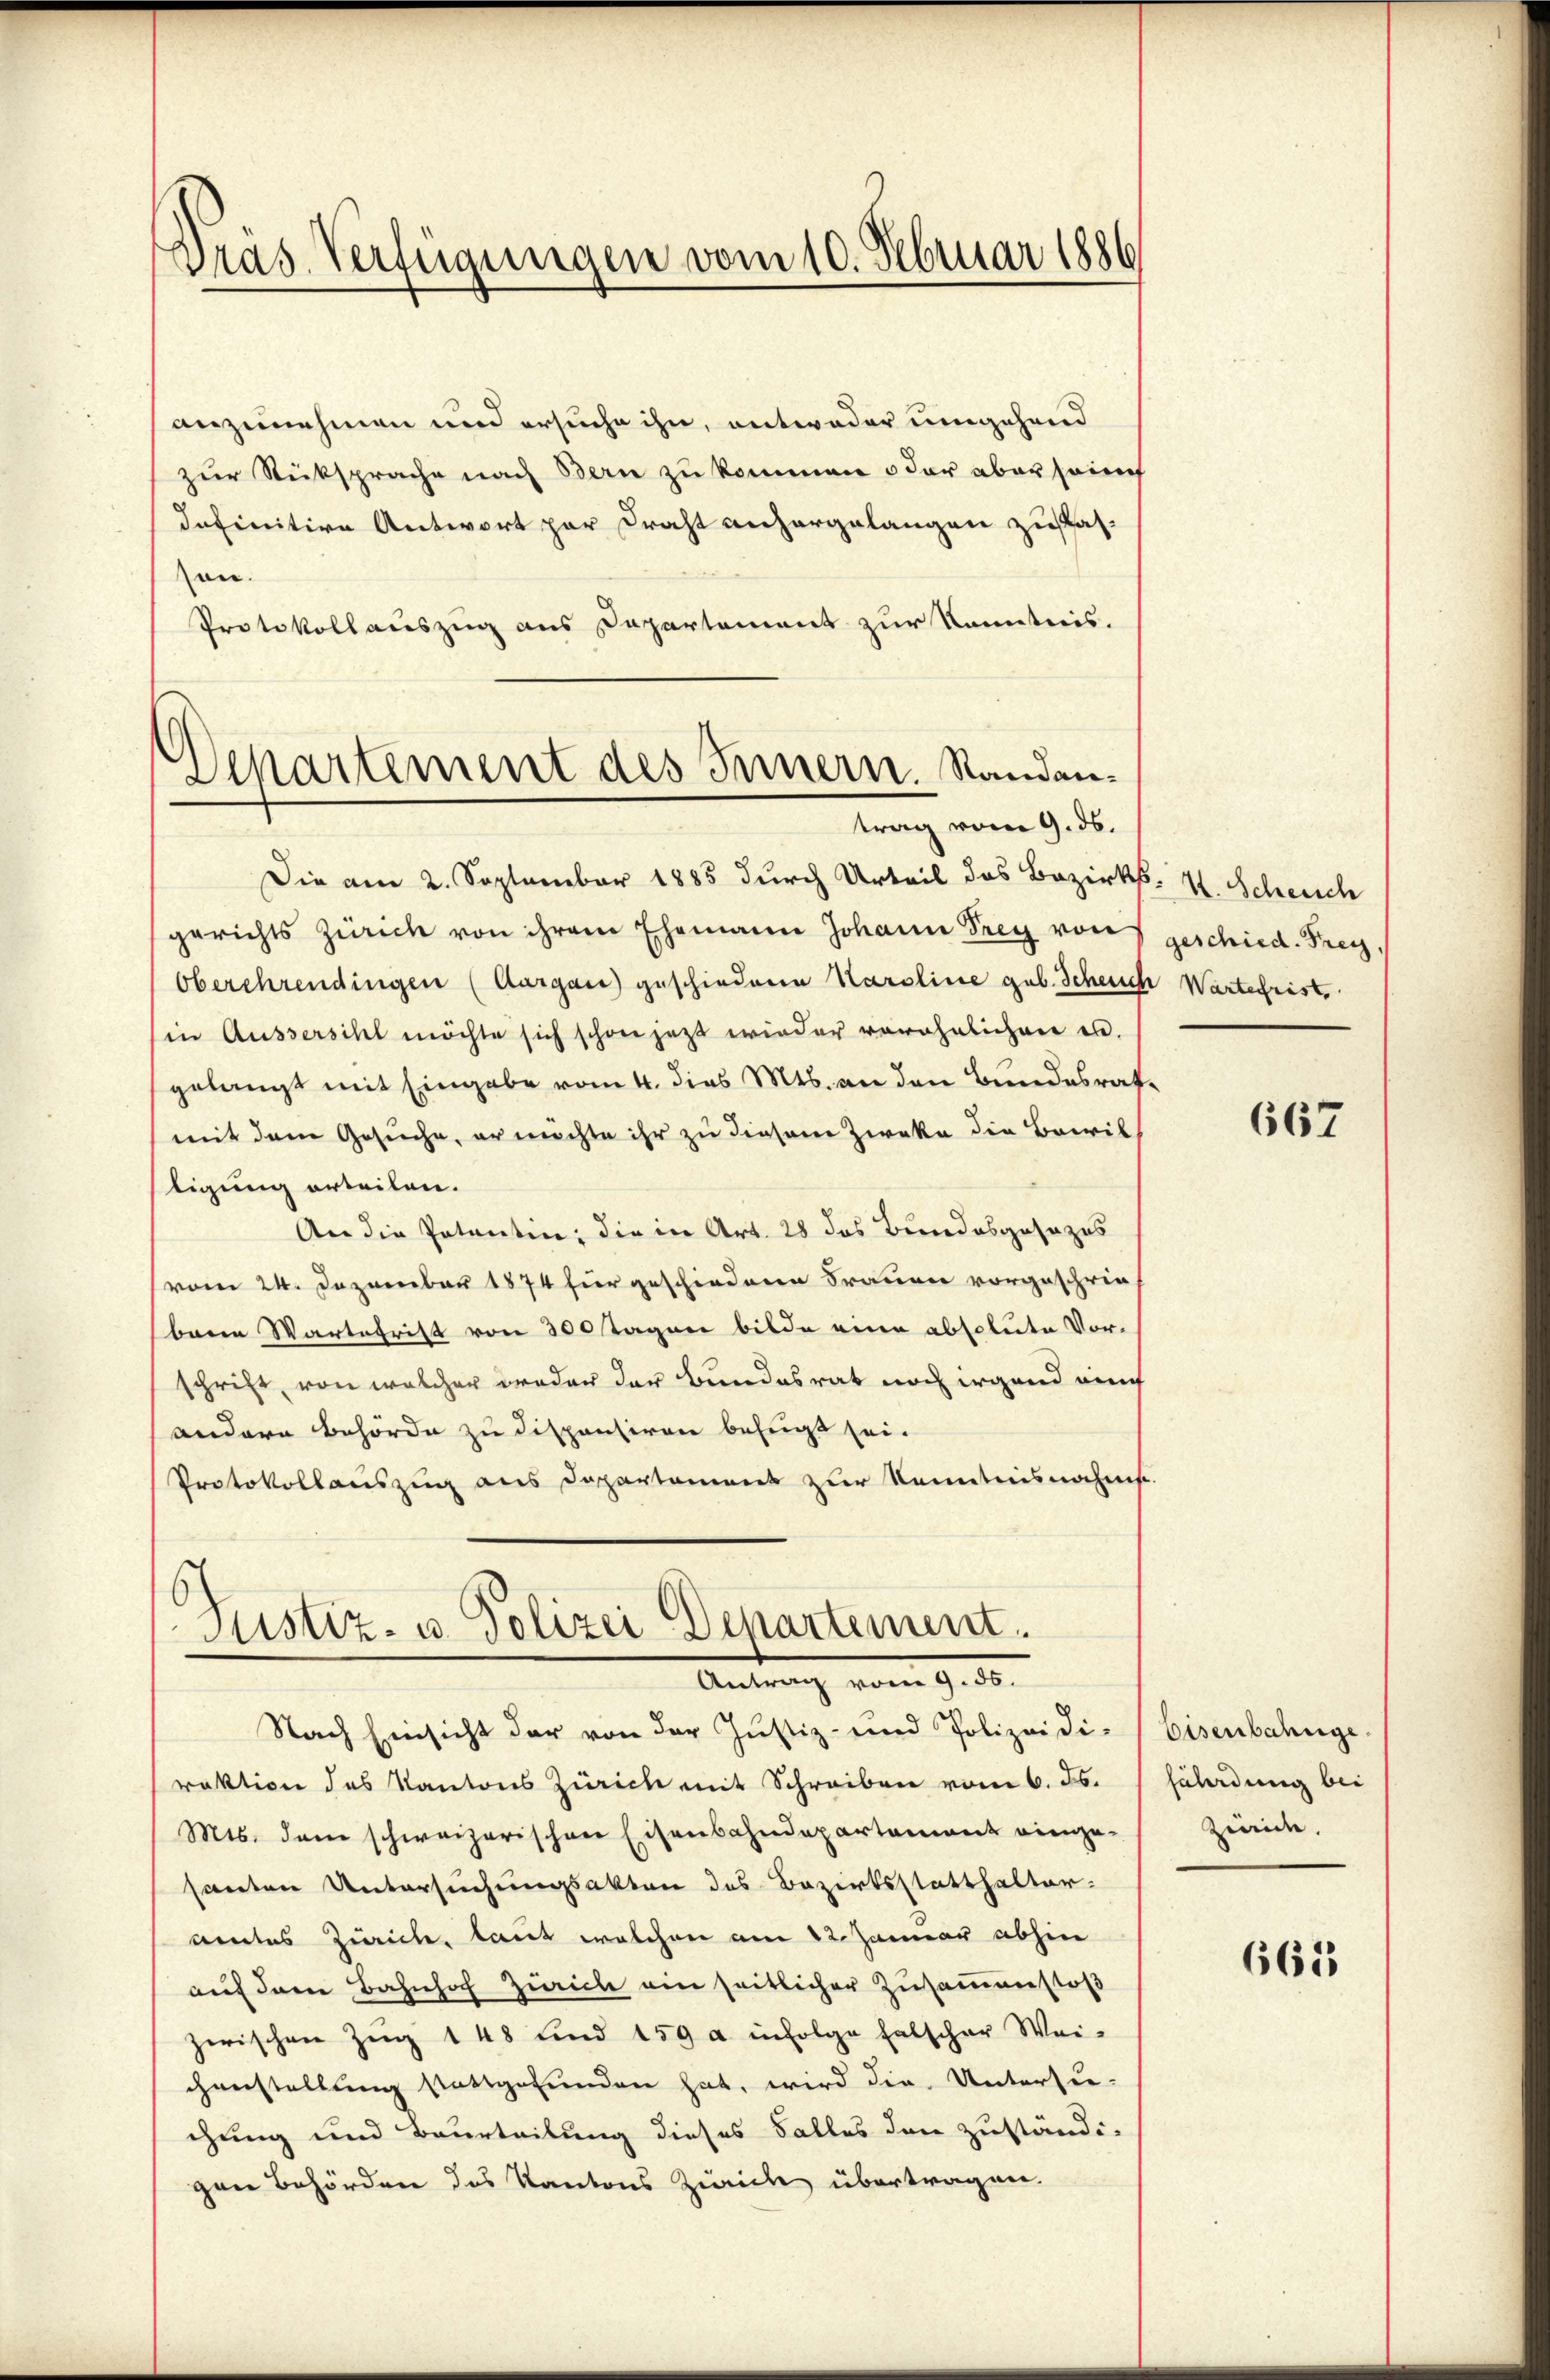
Gras Verfügungen vom 10. Februar 1886

Dchartement des Innern. Standentrag vom 9. ds.

anzunehmen und ersuche ihn, entweder umgehend
zur Rücksprache nach Bern zu kommen oder aber sof
definitive Antwort par Draht anhergelangen zusaszen.
Protokollauszug aus Departement zur Kenntnis.
Die am 2. September 1885 durch Urteil des Bezirks- V. Scheuch
gerichts Zürich von ihrem Ehemann Johann Frey von
Oberehrendingen (Aargau) geschiedene Karoline geb. Scheuch Wartefrist
in Ausserscht möchte sich schon jezt wieder verähnlichen en
gelangt mit Eingabe vom 4. dies Mts. an den Bundesrat
mit dem Gesuche, er möchte ihr zu diesem Zwecke die Brivil
tigung erteilen.
An die Patentin; die in Art. 28 das Bundesgesezes
vom 24. Dezember 1874 für geschiedene Frauen vorgeschriebreie Wartefrist von 300 Tagen bilde eine absolute Vorschrift, von welcher weder der Bundesrat noch irgend auch
andere Behörde zu dispensiren befugt sei.
Protokollauszug aus Departament zur Kenntnisnahms-

Nach Einsicht der von der Justiz- und Polizeidi-Eisenbahnge-
raktion des Kantons Zürich mit Schreiben vom 6. ds.
Mts. dem schweizerischen Eisenbahndepartement einge-Zweide.
santen Untersuchungsakten des Bezirksstatthalter.
amtes Zürich, laut welchen am 22. Januar abhin
auf dem Bahnhof Zürich ein seitlicher Zusammenstoß
zerischen Zŭg 148 und 159 a infolge falscher Wei-
ghanstellung stattgefunden hat, wird die Untersu-
chung und Beurteilung dieses Falles den zuständi-
gen Behörden des Kantons Zürich übertragen.

Justiz- u. Polizei Departement.
.

geschied. Frey,

667

fährdung bei

661